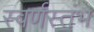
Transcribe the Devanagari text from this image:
स्वर्णस्तंभ